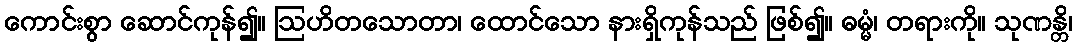
ကောင်းစွာ ဆောင်ကုန်၍။ ဩဟိတသောတာ၊ ထောင်သော နားရှိကုန်သည် ဖြစ်၍။ ဓမ္မံ၊ တရားကို။ သုဏန္တိ၊